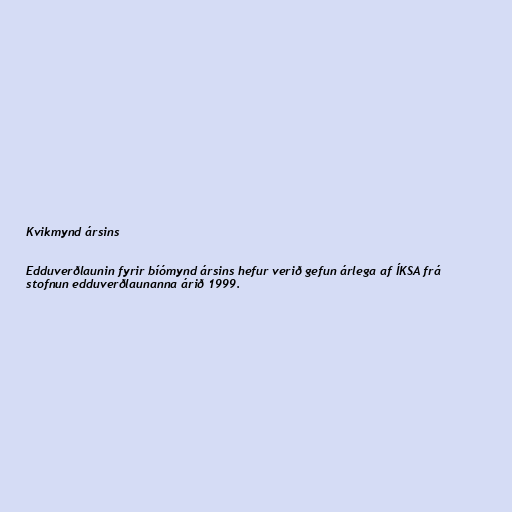
Kvikmynd ársins

Edduverðlaunin fyrir bíómynd ársins hefur verið gefun árlega af ÍKSA frá
stofnun edduverðlaunanna árið 1999.